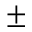
\pm